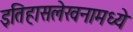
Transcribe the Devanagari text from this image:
इतिहासलेखनामध्ये